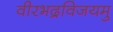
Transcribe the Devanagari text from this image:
वीरभद्रविजयमु